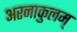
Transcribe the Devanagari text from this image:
अरनाकुलम्‌